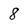
Character: 8